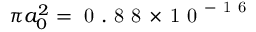
{ \pi a _ { 0 } ^ { 2 } = \mathrm { ~ 0 ~ . ~ 8 ~ 8 ~ } \! \times \! \mathrm { ~ 1 ~ 0 ~ } ^ { - \mathrm { ~ 1 ~ 6 ~ } } }